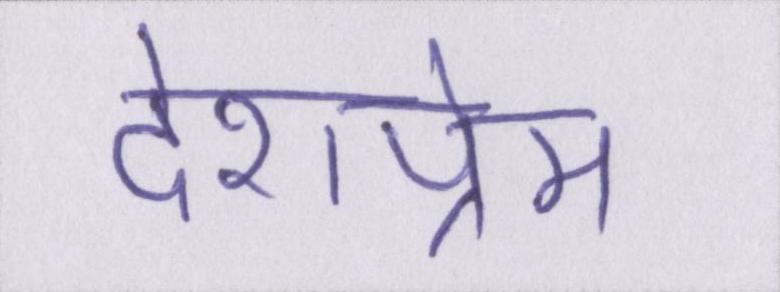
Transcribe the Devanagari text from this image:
देशप्रेम